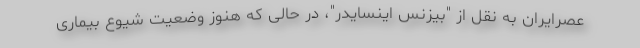
عصرایران به نقل از "بیزنس اینسایدر"، در حالی که هنوز وضعیت شیوع بیماری